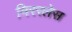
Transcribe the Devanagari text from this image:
मिररलेस